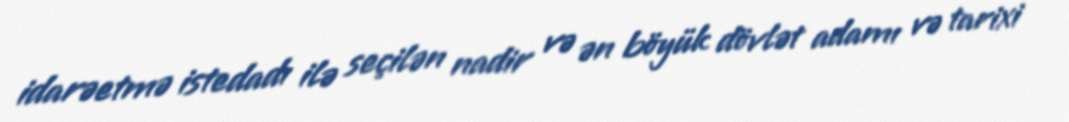
idarəetmə istedadı ilə seçilən nadir və ən böyük dövlət adamı və tarixi